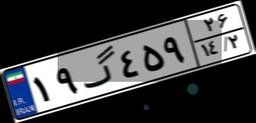
۱۹گ۴۵۹۲۶